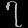
Digit: ၇